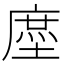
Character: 𰊤